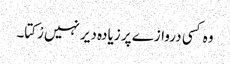
وہ کسی دروازے پر زیادہ دیر نہیں رْکتا۔